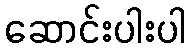
ဆောင်းပါးပါ